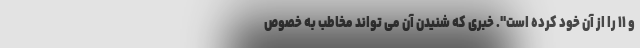
و ۱۱ را از آن خود کرده است". خبری که شنیدن آن می تواند مخاطب به خصوص